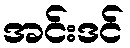
အင်းဒင်